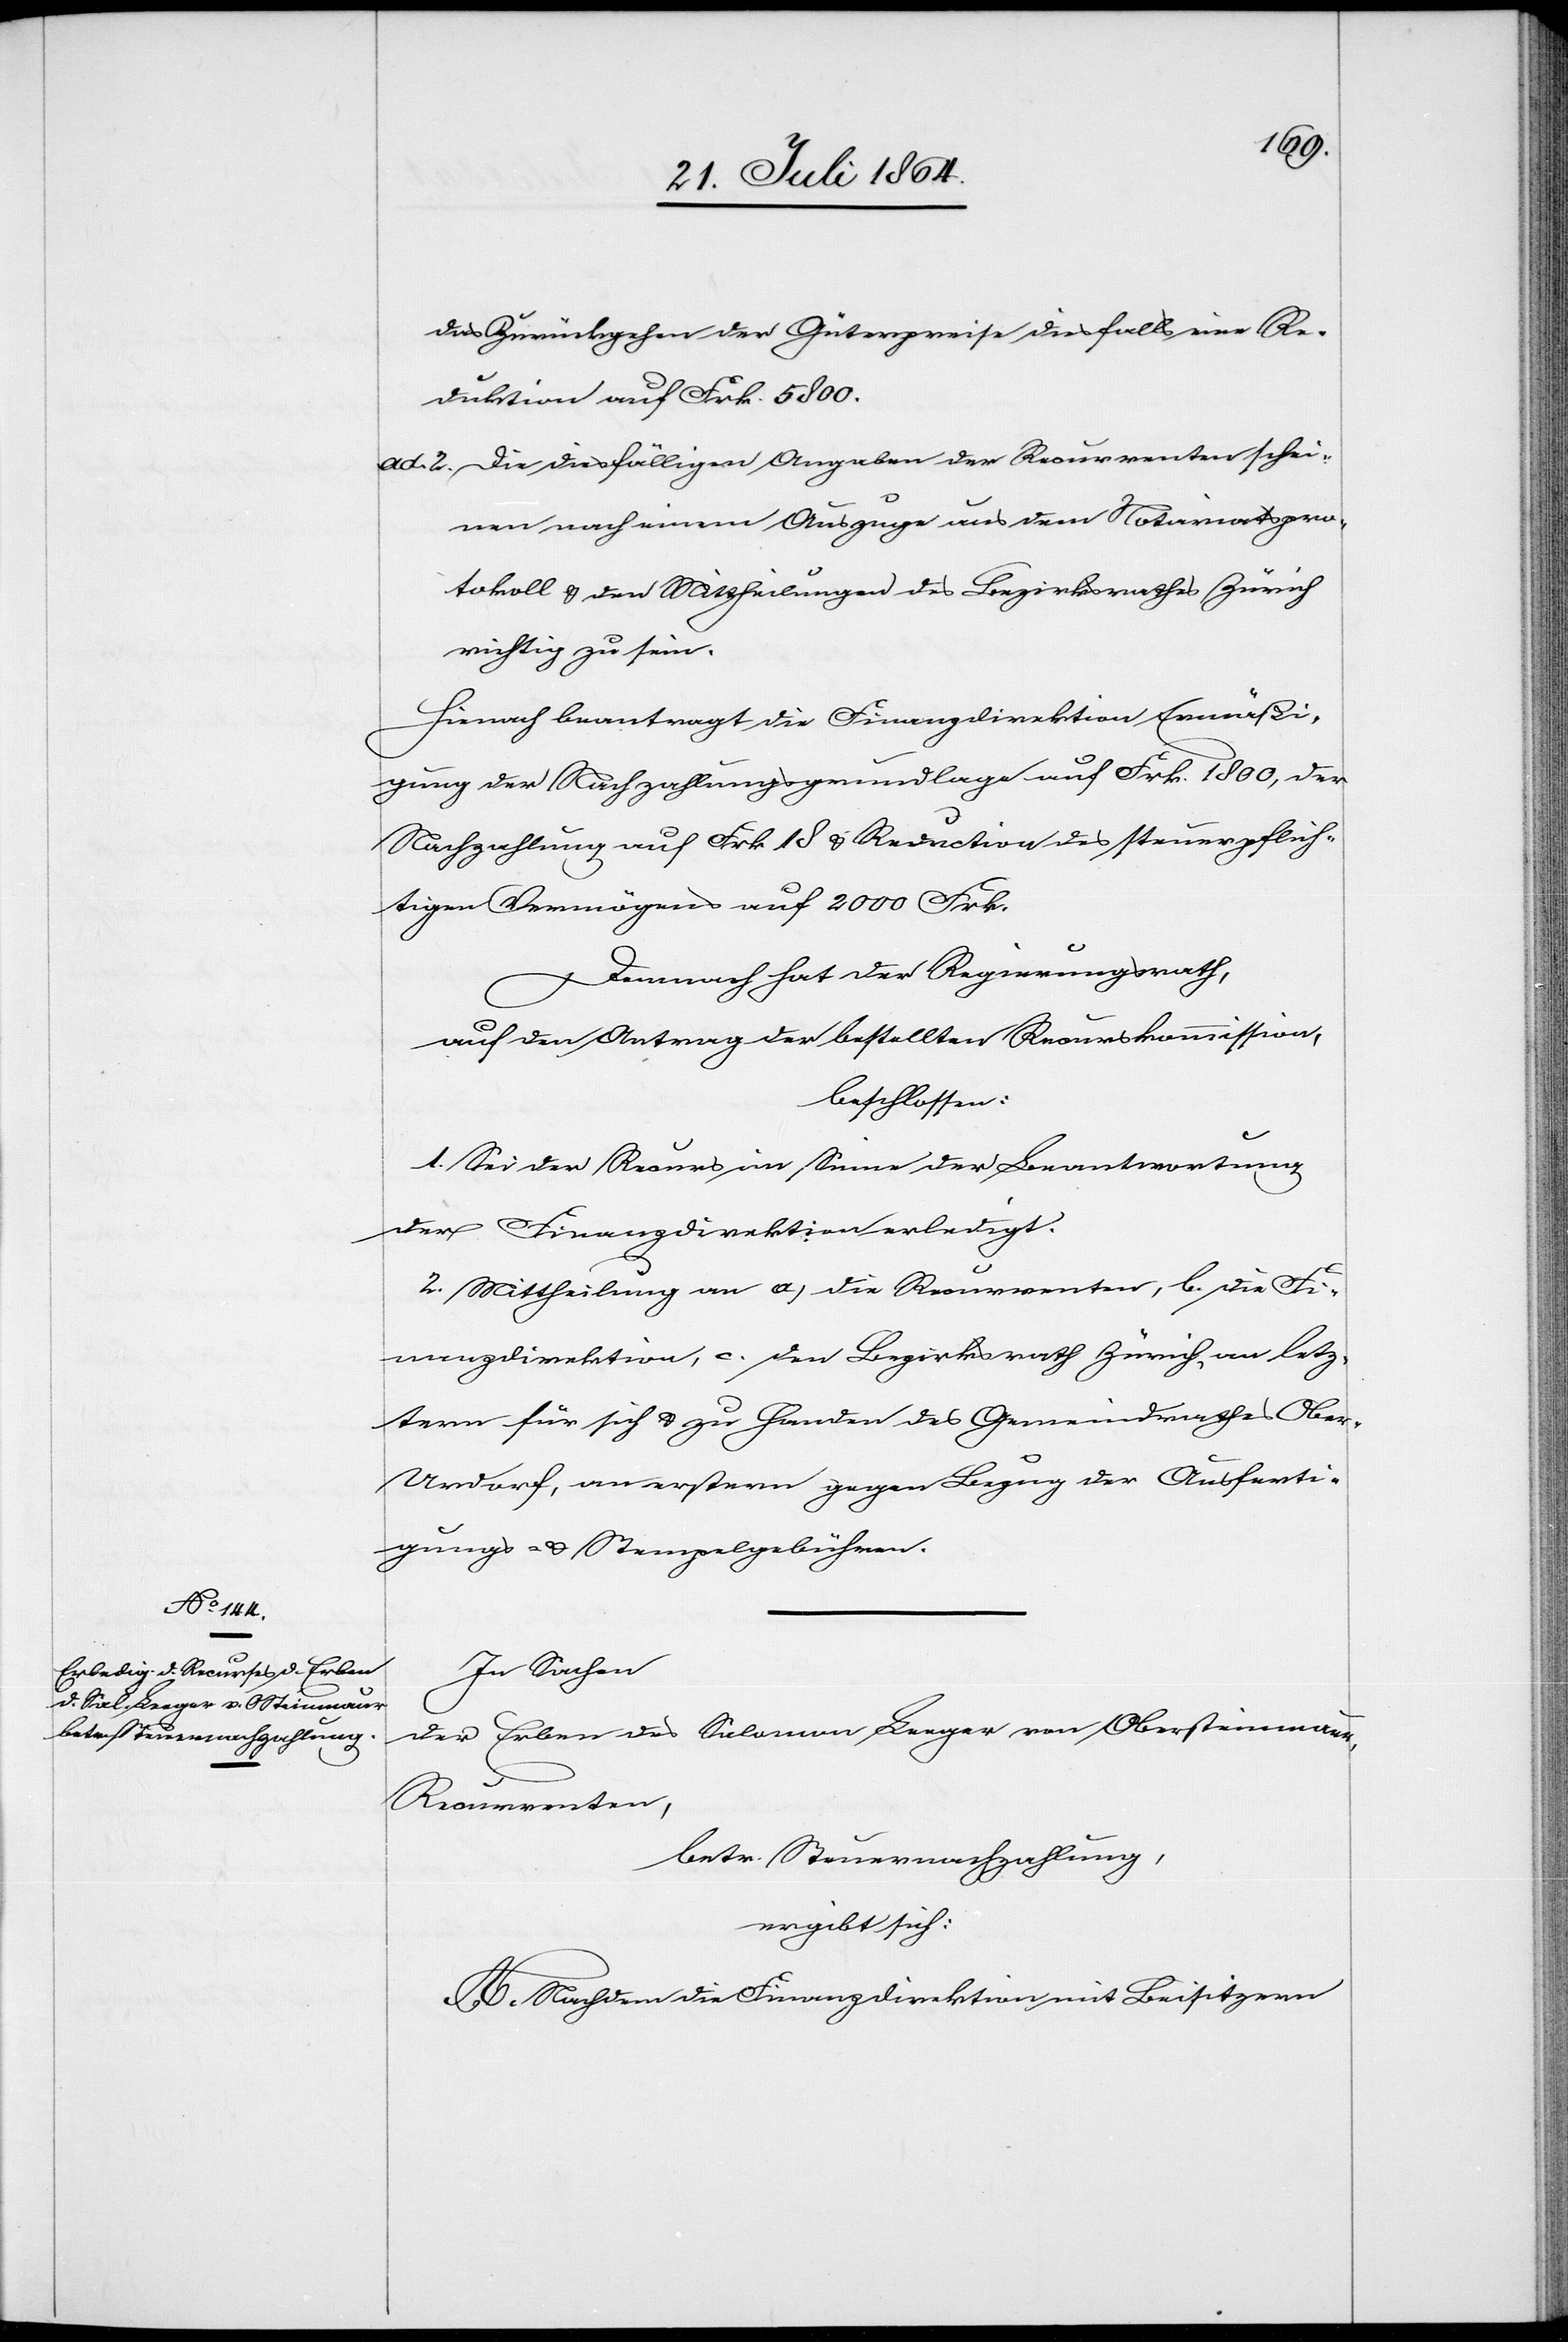
das Zurückgehen der Güterpreise diesfalls eine Re¬
duktion auf Frk. 5800.
ad 2. Die diesfälligen Angaben der Recurrenten schei¬
nen nach einem Auszuge aus dem Notariatspro¬
tokoll u. den Mittheilung des Bezirksrathes Zürich
richtig zu sein.
Hienach beantragt die Finanzdirektion Ermäßi¬
gung der Nachzahlungsgrundlage auf Frk. 1800, der
Nachzahlung auf Frk. 18 u. Reduction des steuerpflich¬
tigen Vermögens auf 2000 Frk.
Demnach hat der Regierungsrath,
auf den Antrag der bestellten Recurskommission,
beschlossen:
1. Sei der Recurs im Sinne der Beantwortung
der Finanzdirektion erledigt.
2. Mittheilung an a) die Recurrenten, b) die Fi¬
nanzdirektion, c) den Bezirksrath Zürich, an letz¬
tern für sich u. zu Handen des Gemeindrathes Obe¬
r-Urdorf, an erstern [sic!] gegen Bezug der Ausferti¬
gungs- u. Stempelgebühren.
In Sachen
der Erben des Salomon Leeger von Obersteinmaur,
Recurrenten,
betr. Steuernachzahlung,
ergibt sich:
A. Nachdem die Finanzdirektion mit Beisitzern